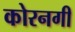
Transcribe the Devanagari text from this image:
कोरनगी